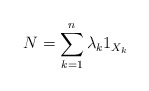
\begin{align*}N = \sum^n_{k=1} \lambda_k 1_{X_k}\end{align*}